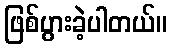
ဖြစ်ပွားခဲ့ပါတယ်။